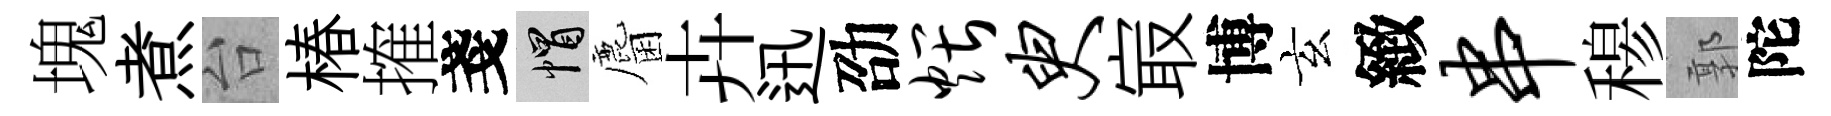
塊煮台椿搉戔帽麕卉迅劭煨臾㝡博玄緻串𥠇郭陀